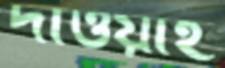
দাওয়াহ